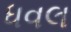
ધવલ